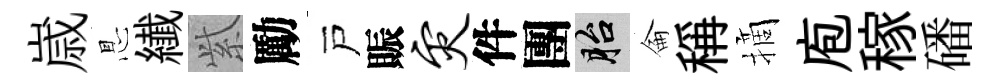
𡻕㤙纎𬗋勵戸賑灾件團胎侖稱摘庖稼磻